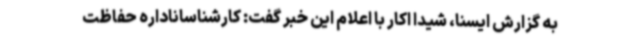
به گزارش ایسنا، شیدا اکار با اعلام این خبر گفت: کارشناساناداره حفاظت